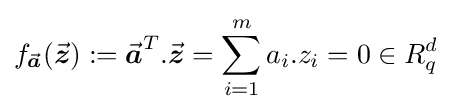
f_{\vec {\boldsymbol {a}}}({\vec {\boldsymbol {z}}}):={\vec {\boldsymbol {a}}}^{T}.{\vec {\boldsymbol {z}}}=\sum _{i=1}^{m}a_{i}.z_{i}=0\in R_{q}^{d}